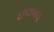
છલબલ